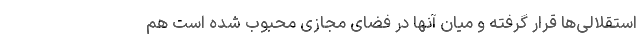
استقلالی‌ها قرار گرفته و میان آنها در فضای مجازی محبوب شده است هم